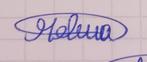
Signature authenticity: genuine